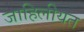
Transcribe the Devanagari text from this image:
जाहिलीयत